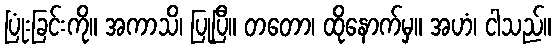
ပြုံးခြင်းကို။ အကာသိ၊ ပြုပြီ။ တတော၊ ထိုနောက်မှ။ အဟံ၊ ငါသည်။